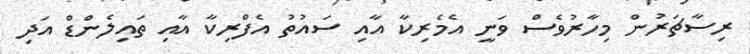
ރިސާޗަރުން މިހާރުވެސް ވަނީ އެމެރިކާ އާއި ސައުތު އެފްރިކާ އާއި ތައިލެންޑް އަދި